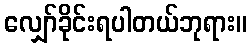
လျှော်ခိုင်းရပါတယ်ဘုရား။